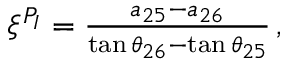
\begin{array} { r } { \xi ^ { P _ { I } } = \frac { a _ { 2 5 } - a _ { 2 6 } } { \tan { \theta _ { 2 6 } } - \tan { \theta _ { 2 5 } } } \, , } \end{array}